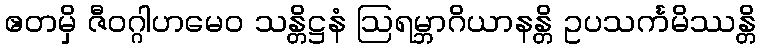
ဧတမှိ ဇီဝဂ္ဂါဟမေဝ သန္တိဋ္ဌနံ ဩရမ္ဘာဂိယာနန္တိ ဥပသင်္ကမိဿန္တိ